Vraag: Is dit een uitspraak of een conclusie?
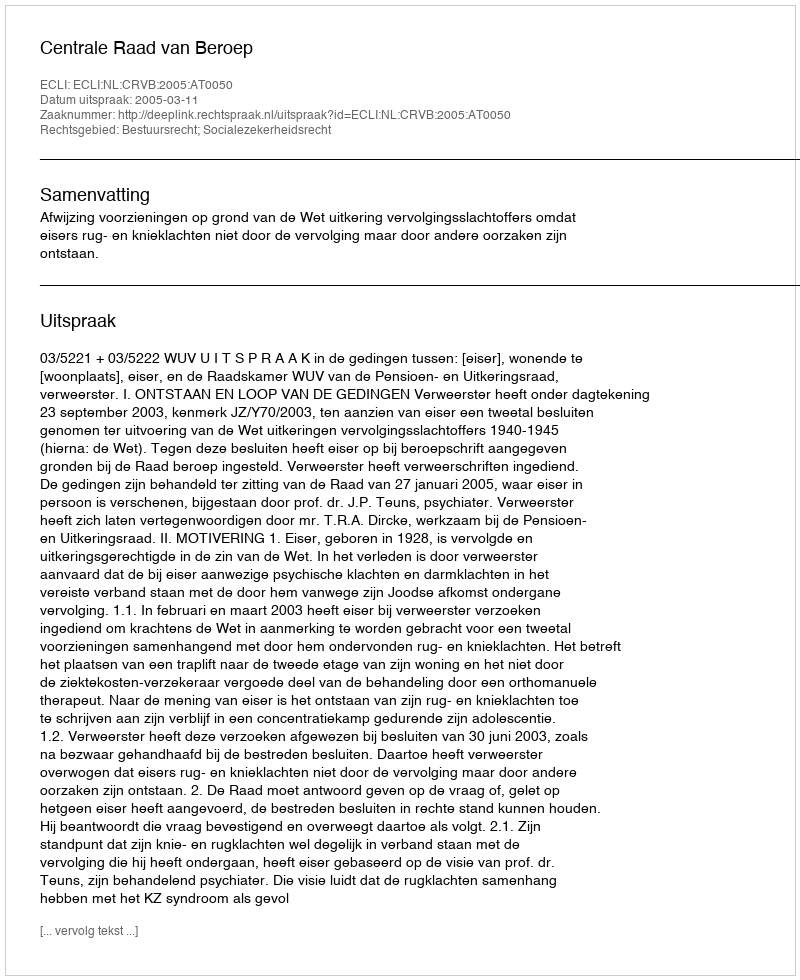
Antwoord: Uitspraak